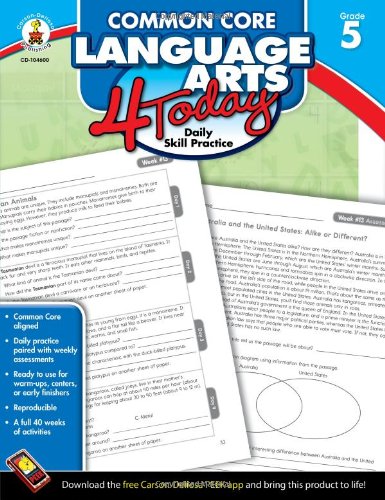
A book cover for Common Core Language Arts 4 Today, Grade 5: Daily Skill Practice (Common Core 4 Today); Education & Teaching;